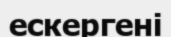
ескергені